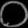
Digit: ၀